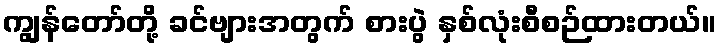
ကျွန်တော်တို့ ခင်ဗျားအတွက် စားပွဲ နှစ်လုံးစီစဉ်ထားတယ်။